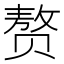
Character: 赘